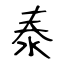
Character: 泰